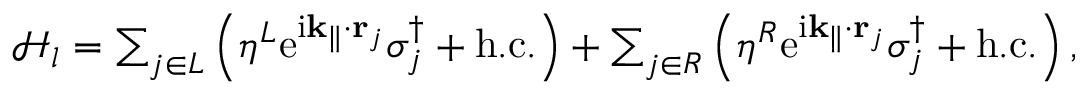
\begin{array} { r } { \mathcal { H } _ { l } = \sum _ { j \in L } \left( \eta ^ { L } \mathrm { e } ^ { \mathrm { i } \mathbf { k } _ { \parallel } \cdot \mathbf { r } _ { j } } \sigma _ { j } ^ { \dagger } + \mathrm { h . c . } \right) + \sum _ { j \in R } \left( \eta ^ { R } \mathrm { e } ^ { \mathrm { i } \mathbf { k } _ { \parallel } \cdot \mathbf { r } _ { j } } \sigma _ { j } ^ { \dagger } + \mathrm { h . c . } \right) , } \end{array}